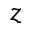
z